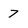
Character: 7